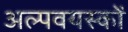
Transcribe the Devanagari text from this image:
अल्पवयस्कों